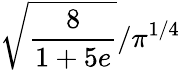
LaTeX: \sqrt{\frac{8}{1+5e}}/\pi^{1/4}